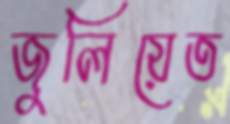
জুলিয়েত